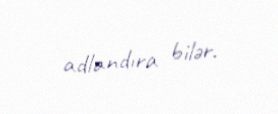
adlandıra bilər.